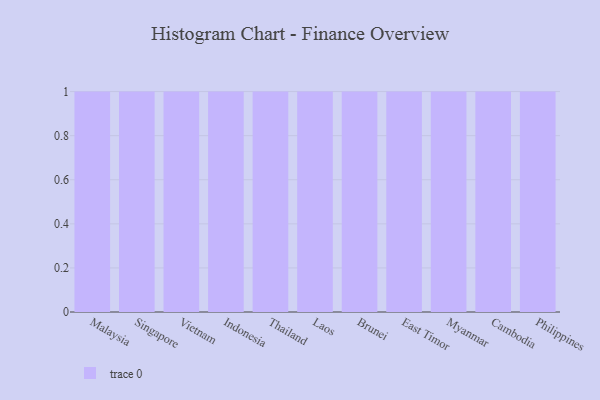
{"axis": {"x": "Country", "y": "Demand Index"}, "legend": [""], "data": [{"x": "Malaysia", "y": 13, "type": ""}, {"x": "Singapore", "y": 85, "type": ""}, {"x": "Vietnam", "y": 38, "type": ""}, {"x": "Indonesia", "y": 19, "type": ""}, {"x": "Thailand", "y": 68, "type": ""}, {"x": "Laos", "y": 59, "type": ""}, {"x": "Brunei", "y": 44, "type": ""}, {"x": "East Timor", "y": 61, "type": ""}, {"x": "Myanmar", "y": 81, "type": ""}, {"x": "Cambodia", "y": 38, "type": ""}, {"x": "Philippines", "y": 25, "type": ""}]}